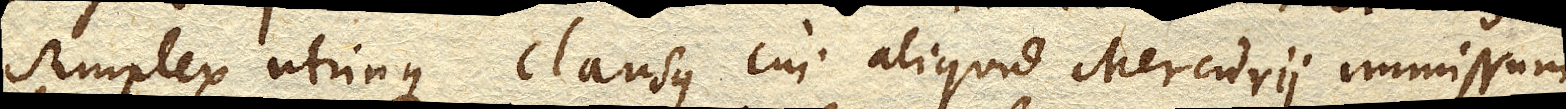
simplex utrinque clausus cui aliquid Mercurii immissum